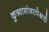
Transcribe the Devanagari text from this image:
कुत्र्यामांजरापेक्षाही